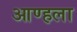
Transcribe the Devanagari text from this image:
आण्हला